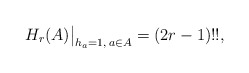
\begin{gather*} H_{r}(A) \big |_{h_{a}=1, \, a \in A} = (2 r -1) !! , \end{gather*}